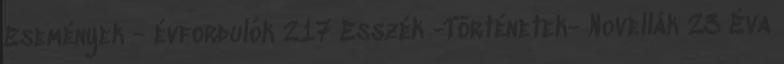
Események - évfordulók 217 Esszék -Történetek- Novellák 23 Éva